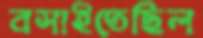
বসাইতেছিল